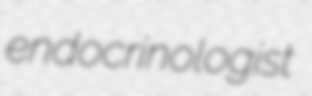
endocrinologist